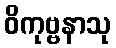
ဝိကုဗ္ဗနာသု